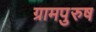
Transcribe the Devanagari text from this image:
ग्रामपुरुष